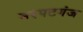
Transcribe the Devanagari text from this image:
नरपटगंज